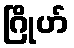
ဂြိုဟ်